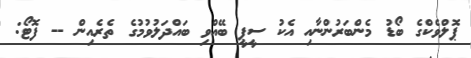
ޕޮލްވެކްގެ ބޯޑު މެންބަރުންނާއި އެކު ސީޕީ ބޭއްވި ބައްދަލުވުމުގެ ތެރެއިން -- ފޮޓޯ: